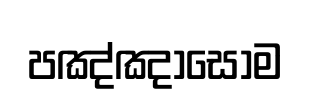
පඤ්ඤාසෝම